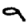
Digit: 9